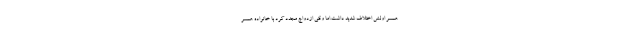
همسر اولش اختلاف شدید داشت.اما وقتی ازدواج مجدد کرد با خانواده همسر